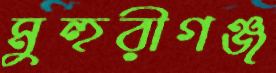
মুহুরীগঞ্জ